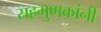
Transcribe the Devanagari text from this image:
सहगुणकांनी